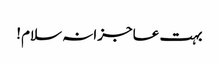
بہت عاجزانہ سلام!